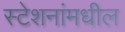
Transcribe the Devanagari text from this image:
स्टेशनांमधील